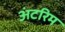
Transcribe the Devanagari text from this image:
अंटरिम